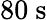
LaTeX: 80~\mathrm{s}